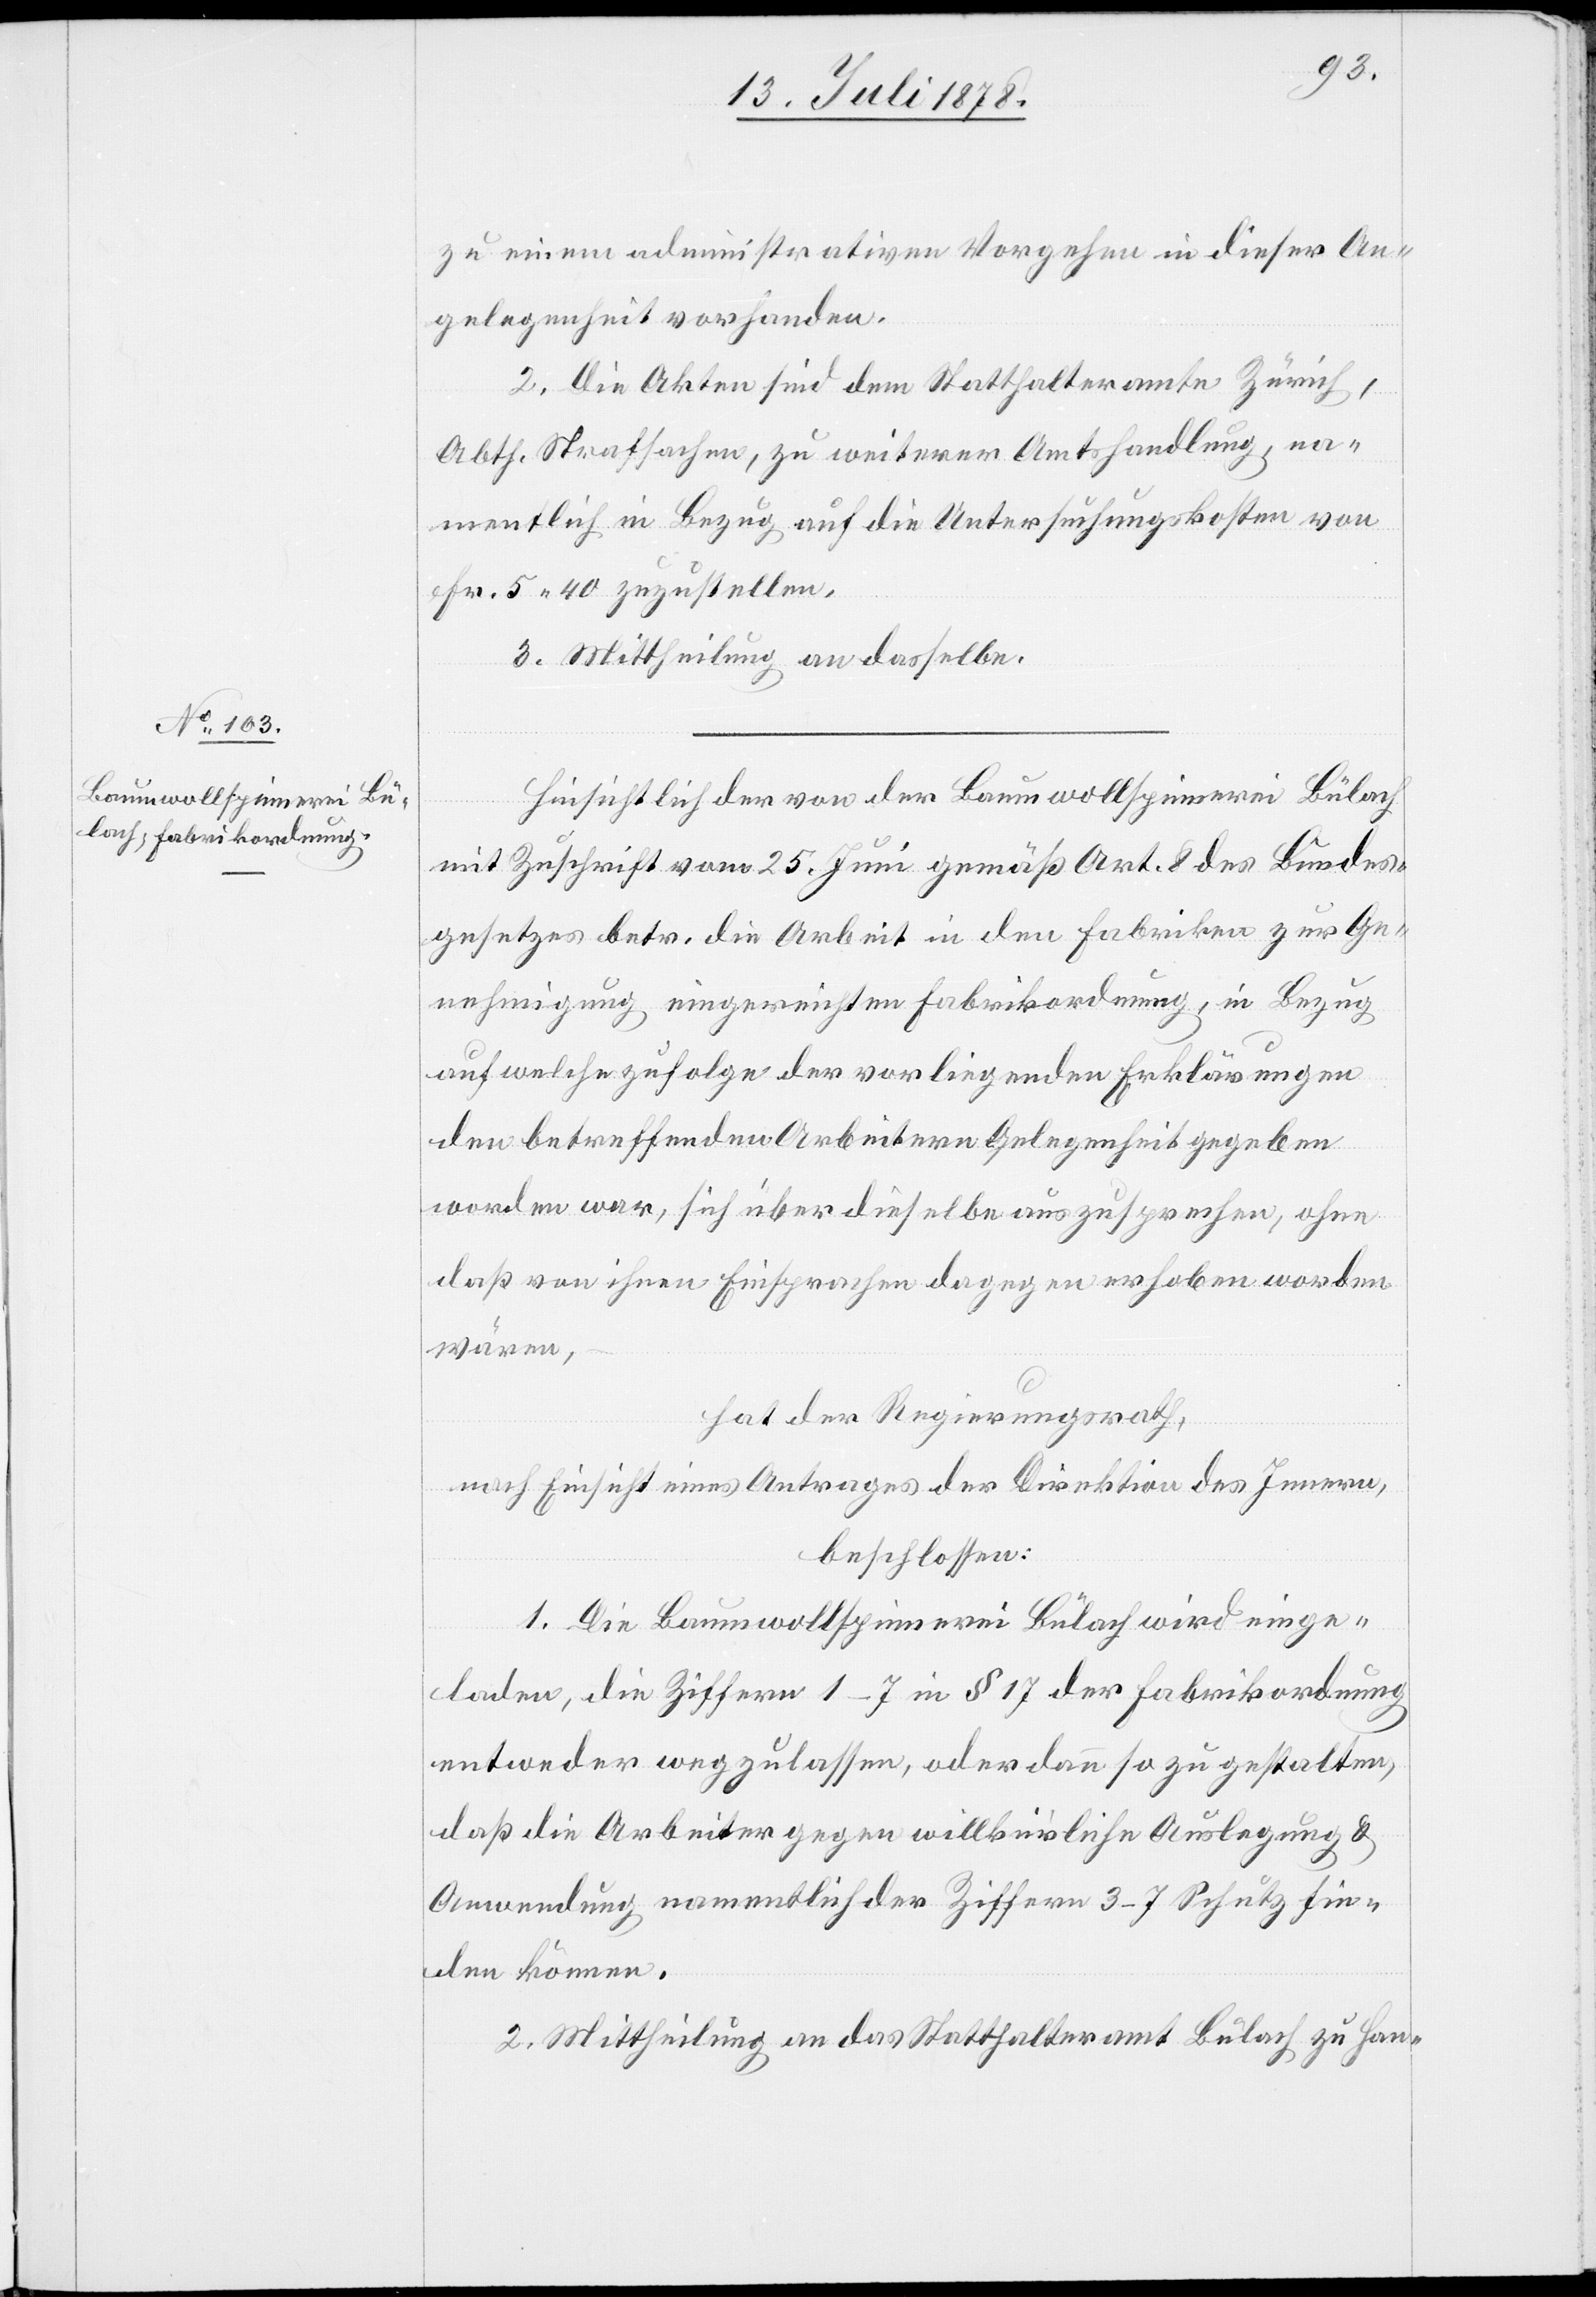
zu einem administrativen Vorgehen in dieser An¬
gelegenheit vorhanden.
2. Die Akten sind dem Statthalteramt Zürich,
Abth. Strafsachen, zu weiterer Amtshandlung, na¬
mentlich in Bezug auf die Untersuchungskosten von
Fr. 5 40 zuzustellen.
3. Mittheilung an dasselbe.
Hinsichtlich der von der Baumwollspinnerei Bülach
mit Zuschrift vom 25. Juni gemäß Art. 8 des Bundes¬
gesetzes betr. die Arbeit in den Fabriken zur Ge¬
nehmigung eingereichten Fabrikordnung, in Bezug
auf welche zufolge der vorliegenden Erklärungen
den betreffenden Arbeitern Gelegenheit gegeben
worden war, sich über dieselbe auszusprechen, ohne
daß von ihnen Einsprachen dagegen erhoben worden
wären,
hat der Regierungsrath,
nach Einsicht eines Antrages der Direktion des Innern,
beschlossen:
1. Die Baumwollspinnerei Bülach wird einge¬
laden, die Ziffern 1–7 in § 17 der Fabrikordnung
entweder wegzulassen, oder dann so zu gestalten,
daß die Arbeiter gegen willkürliche Auslegung &
Anwendung namentlich der Ziffern 3–7 Schutz fin¬
den können.
2. Mittheilung an das Statthalteramt Bülach zu Han-